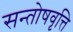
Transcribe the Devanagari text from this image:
सन्तोषवृत्ति